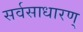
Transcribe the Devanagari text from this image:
सर्वसाधारण्